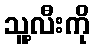
သူ့လီးကို